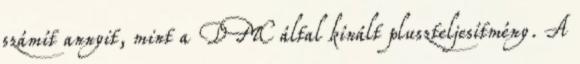
számít annyit, mint a DMC által kínált pluszteljesítmény. A